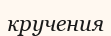
кручения